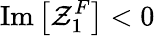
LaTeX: \mathrm{Im}\left[\mathcal{Z}_{1}^{F}\right]<0